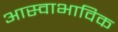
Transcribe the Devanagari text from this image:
आस्वाभाविक